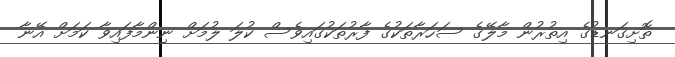
ތޮށިގަނޑުގެ އިތުރުން މާލޭގެ ސަހަރާތަކުގެ ފާރުތަކުގައިވެސް ކުލަ ލުމަށް ނިންމާފައިވާ ކަމަށް އޭނާ